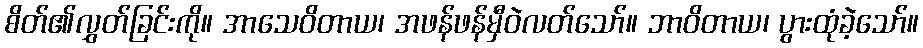
စိတ်၏လွှတ်ခြင်းကို။ အာသေဝိတာယ၊ အဖန်ဖန်မှီဝဲလတ်သော်။ ဘာဝိတာယ၊ ပွားထုံခဲ့သော်။